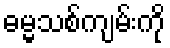
ဓမ္မသစ်ကျမ်းကို